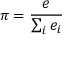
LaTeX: \pi = { \frac { e } { \sum _ { i } { e _ { i } } } }